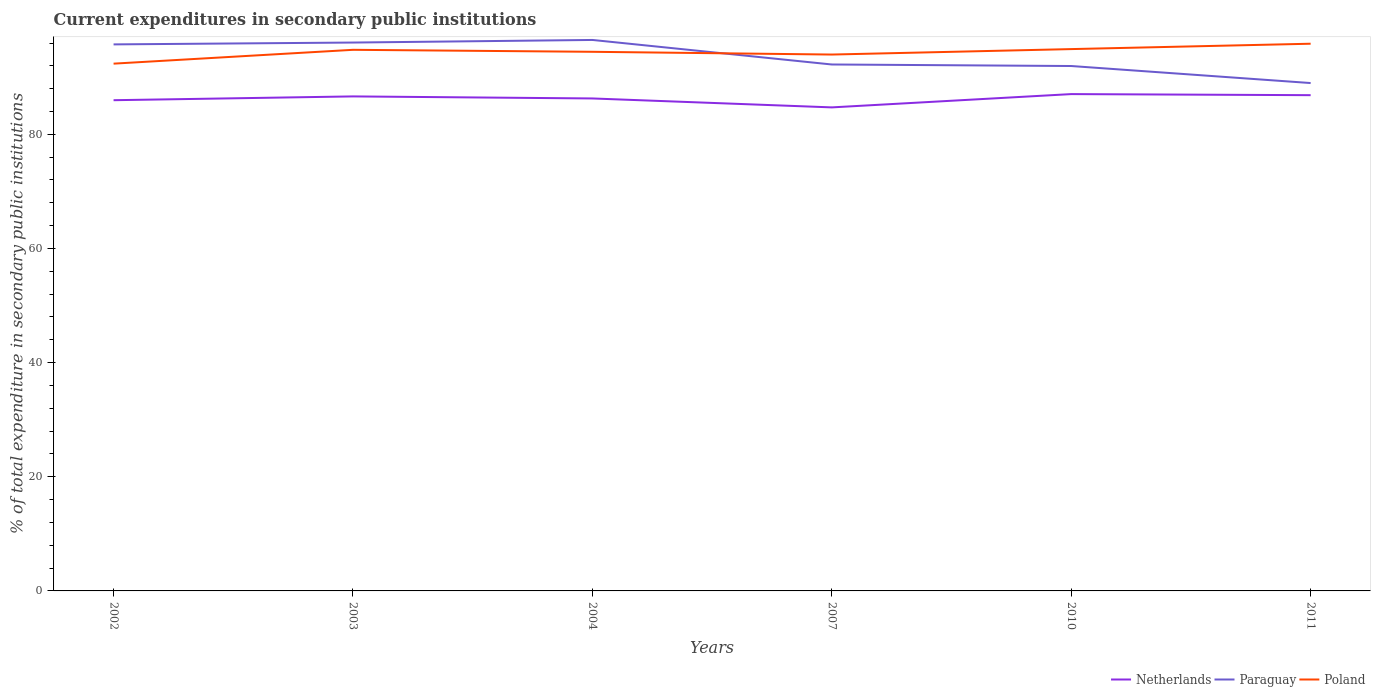
| Years | Netherlands | Paraguay | Poland |
 | --- | --- | --- | --- |
 | 2002 | 86 | 95.8 | 92.4 |
 | 2003 | 86.6 | 96.1 | 94.8 |
 | 2004 | 86.3 | 96.5 | 94.5 |
 | 2007 | 84.7 | 92.2 | 94 |
 | 2010 | 87.1 | 92 | 94.9 |
 | 2011 | 86.9 | 89 | 95.9 |